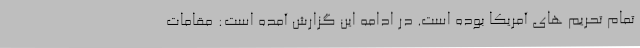
تمام تحریم های آمریکا بوده است. در ادامه این گزارش آمده است: مقامات